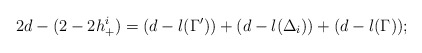
\begin{align*}2d-(2-2h^i_+)=(d-l(\Gamma^{\prime}))+(d-l(\Delta_i))+(d-l(\Gamma));\end{align*}